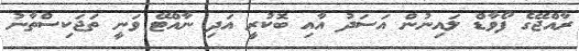
ރާއްޖޭގެ ފޯވާޑް ލައިނުން އަސަދު އާއި ބޮކުރީ އަދި ނާއްޓޭ ވަނީ ތަޖަކިސްތާނު